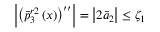
\left| { { \left( \bar { p } _ { 3 } ^ { r 2 } \left( x \right) \right) } ^ { \prime \prime } } \right| = \left| 2 { { { \bar { a } } } _ { 2 } } \right| \le { { \zeta } _ { 1 } }